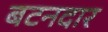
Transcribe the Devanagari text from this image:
बटनदार